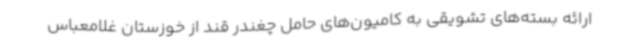
ارائه بسته‌های تشویقی به کامیون‌های حامل چغندر قند از خوزستان غلامعباس